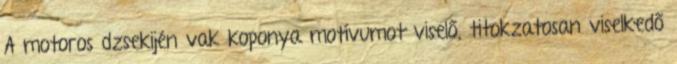
A motoros dzsekijén vak koponya motívumot viselő, titokzatosan viselkedő